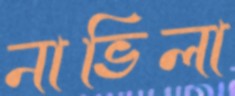
নাভিলা